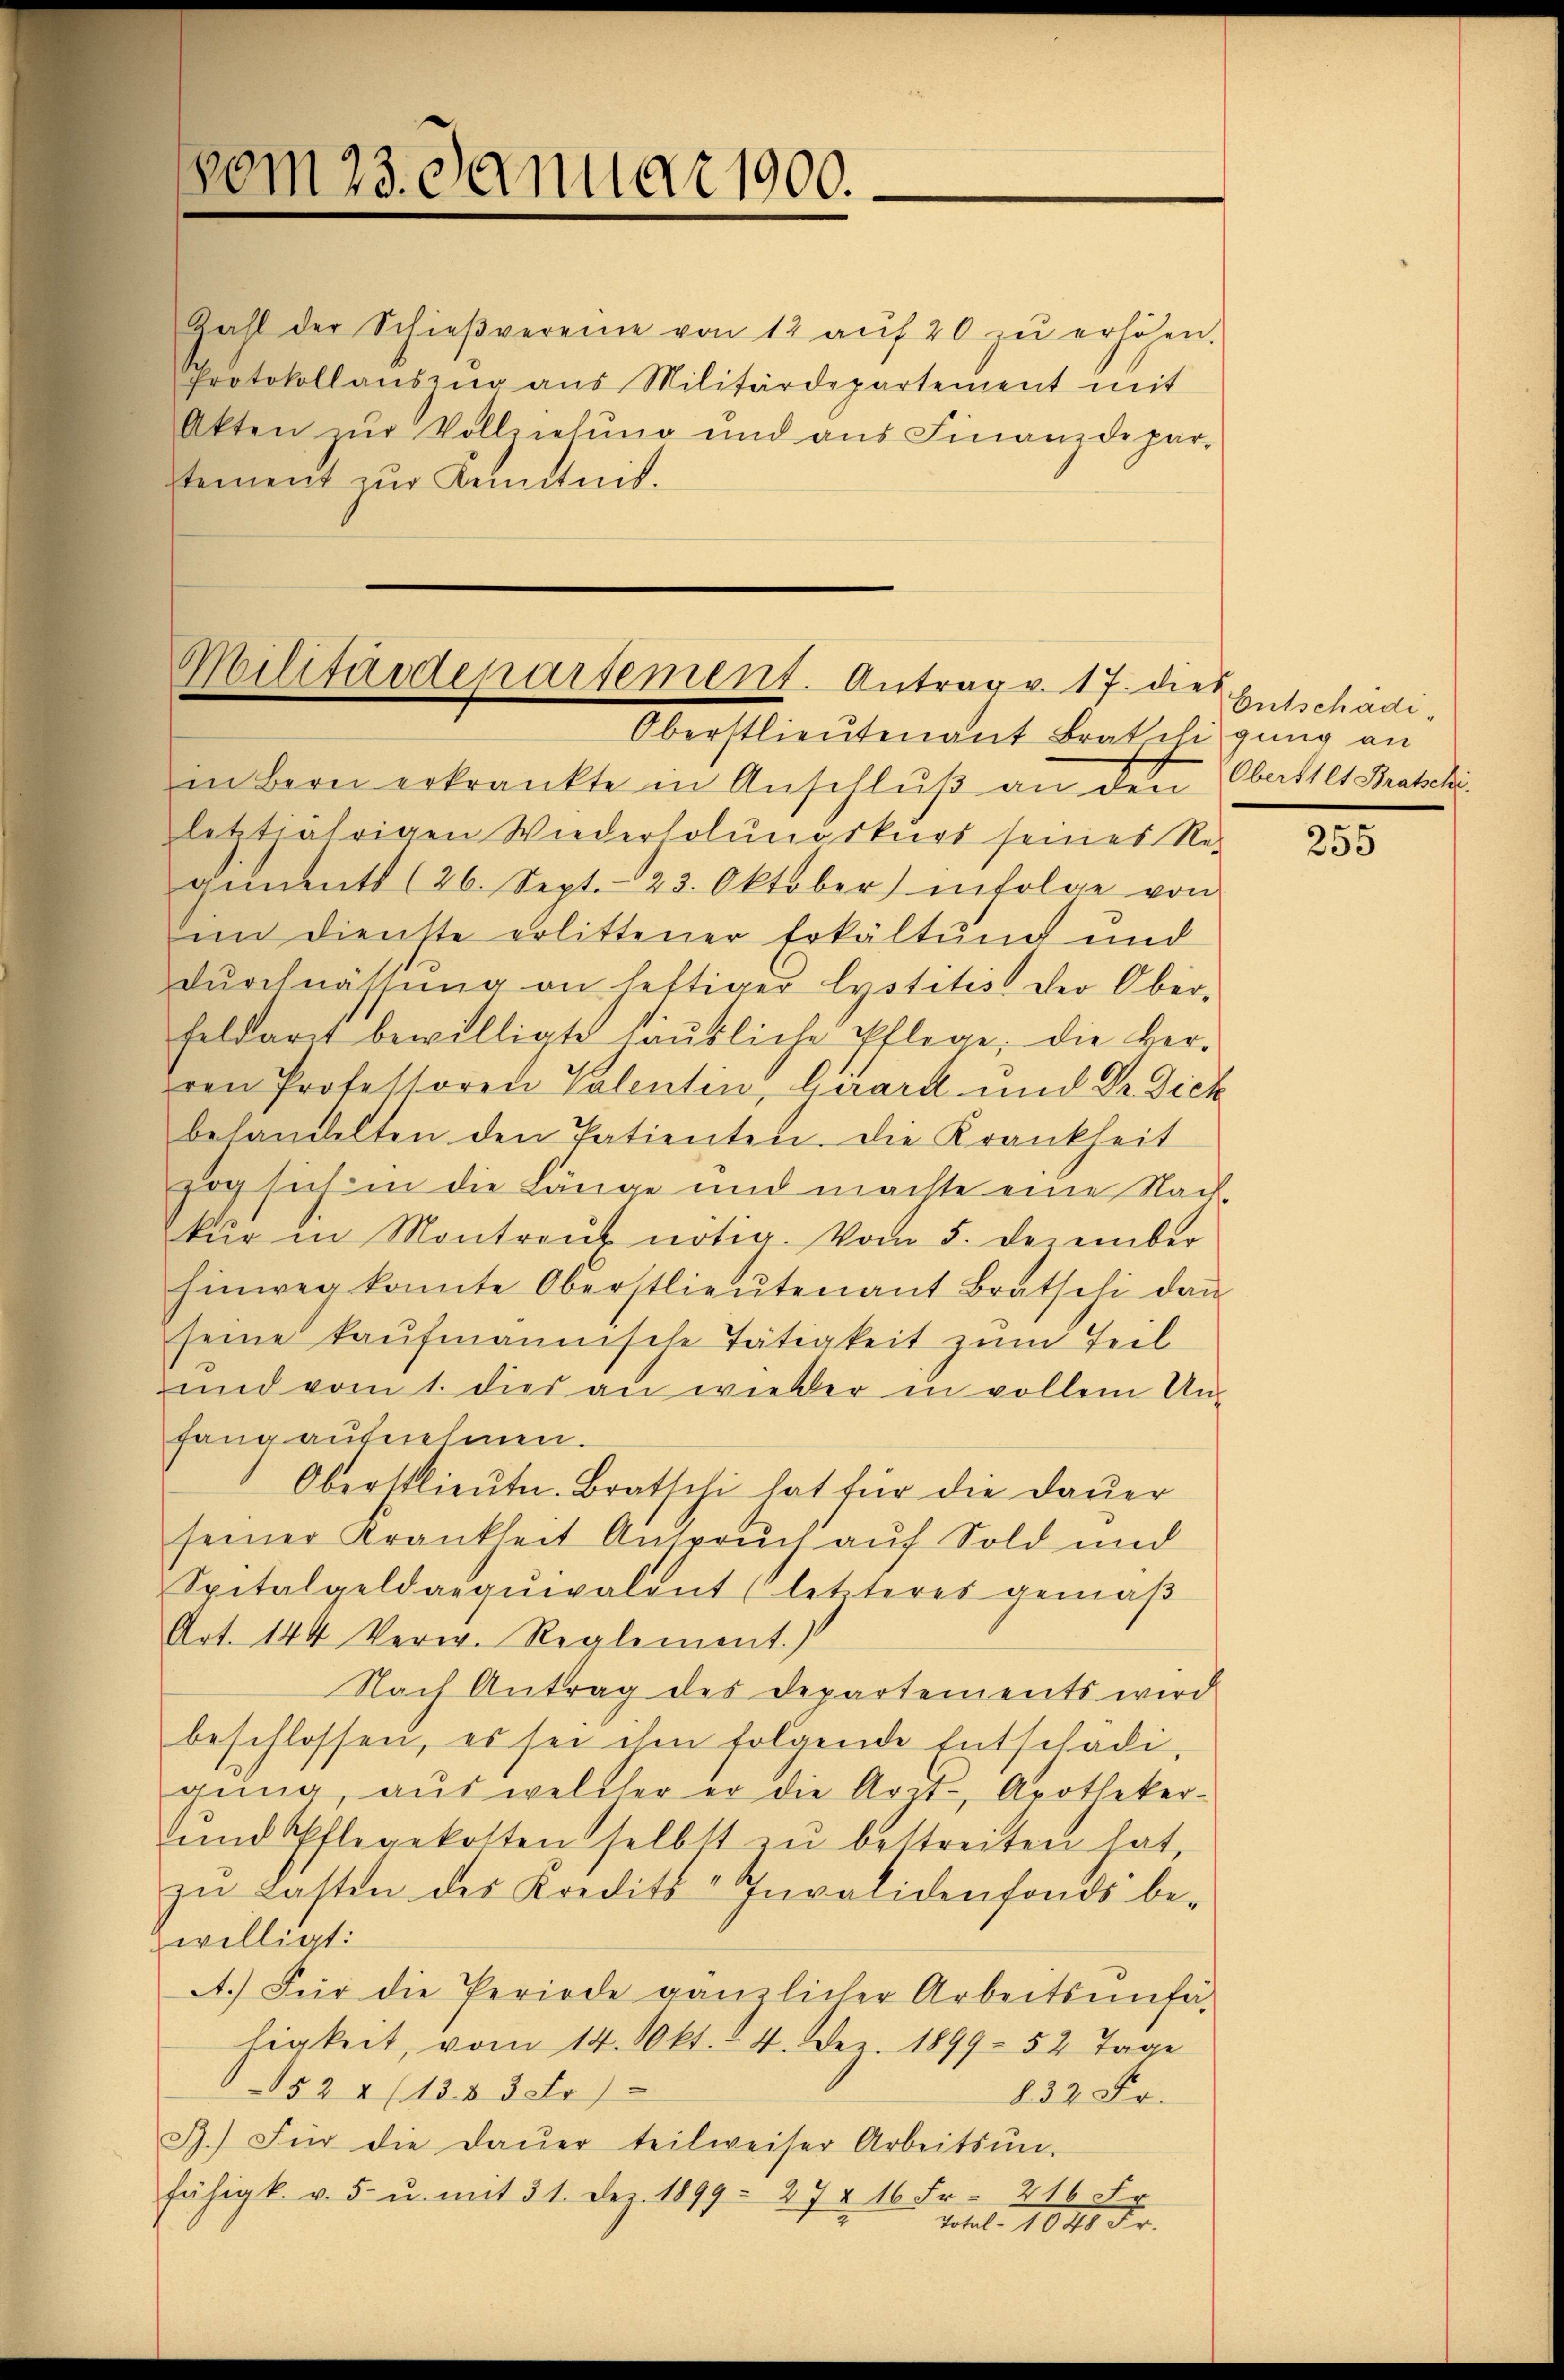
vom 23. Januar 1900.

Zahl der Schieβvereine von 12 aŭf 20 zŭ erhöhen.
Protokollauszug aus Militärdepartement mit
Akten zŭr Vollziehŭng und ans Finanzdepar-
stement zur Kenntnit.

Militärdepartement. Antrag v. 17. dies
Oberstlieutenant Bratschi ging an

in Bern erkrankte in Anschlŭβ an den Oberstes Braschi
letztjährigen Wiederholunörkers seines Re-
viments (26. Sept. 23. Oktober) infolge von
im dienste erlittener Erkältung und
Dŭrchnässŭng an heftiger lystitis der Ober-
feldarit bewilligte säŭbliche Pflege, die ver-
ren Professoren Valentin, Girard und Dr. Dick
behandelten den Patienten. Die Krankheit
zog sich in die Länge und machte eine Nach-
kŭr in Montraŭt nötig. Vom 5. Dezember
hinweg konnte Oberstlieutenant Bratschi daṅ
seine kaufmännische Tätigkeit zum Teil
und vom 1. dies an wieder in vollem Un-
fang aufnehmen.
Oberstlieute. Bratschi hat für die Dauer
seiner Krankheit Anspruch auf Sold und
Spitalgeld aequivalent (letzteres gemäβ
Art. 144 Verw. Reglement.)
Nach Antrag des Departements wird
beschlossen, es sei ihm folgende Entschädi-
gŭng, aŭs welcher er die Arzt- Apotheker-
ŭnd Pflegekosten selbst zŭ bestreiten hat
zŭ lasten des Kredits-Invalidenfonds be-
willigt:
A.) Für die Periode gänzlicher Arbeitsunfä
higkeit, vom 14. Okt. 14. Dez. 1899. 52 Tage
524 (1383 Fr.)
832 Fr.
R.) Für die Daŭer teilweiser Arbeitsŭn-
fähigk. v. 5. u. mit 31. Dez. 1899 - 27 § 16 Fr. 216 Fr
Total 1040. Fr.

Entschädi¬

s
250